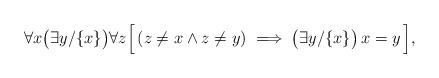
LaTeX: \begin{align*}\forall x \bigl(\exists y/\{x\}\bigr)\forall z\Bigl[\,(z \not= x \land z \not= y) \implies \bigl(\exists y/\{x\}\bigr)\,x = y\,\Bigr],\end{align*}